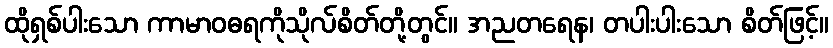
ထိုရှစ်ပါးသော ကာမာဝဓရကိုသိုလ်စိတ်တို့တွင်။ အညတရေန၊ တပါးပါးသော စိတ်ဖြင့်။